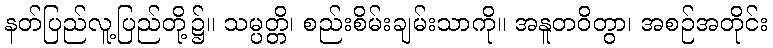
နတ်ပြည်လူ့ပြည်တို့၌။ သမ္ပတ္တိ၊ စည်းစိမ်းချမ်းသာကို။ အနူတဝိတွာ၊ အစဉ်အတိုင်း